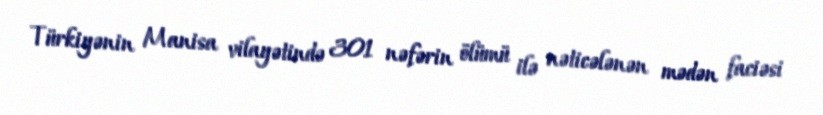
Türkiyənin Manisa vilayətində 301 nəfərin ölümü ilə nəticələnən mədən faciəsi